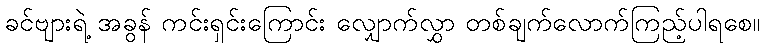
ခင်ဗျားရဲ့ အခွန် ကင်းရှင်းကြောင်း လျှောက်လွှာ တစ်ချက်လောက်ကြည့်ပါရစေ။